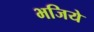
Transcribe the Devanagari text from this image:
भजिये